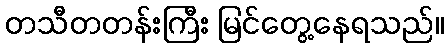
တသီတတန်းကြီး မြင်တွေ့နေရသည်။